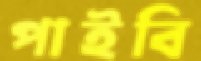
পাইবি